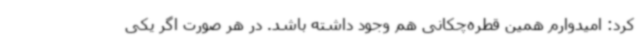
کرد: امیدوارم همین قطره‌چکانی هم وجود داشته باشد. در هر صورت اگر یکی